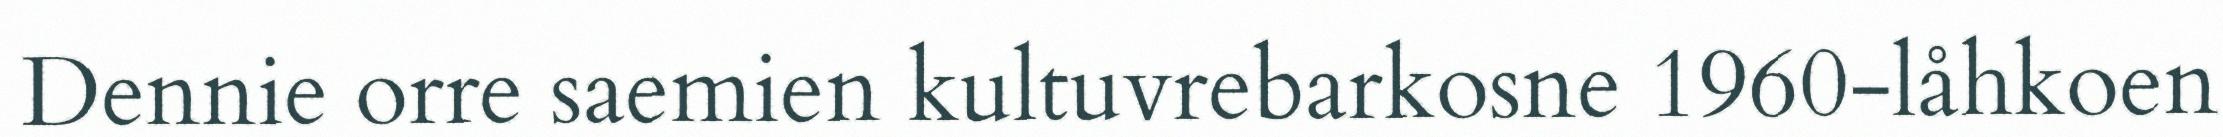
Dennie orre saemien kultuvrebarkosne 1960-låhkoen